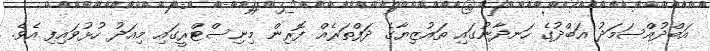
އަބްދުއްސަމަދު އަބްދުގެ ހަނދާނުގައި ތައުޒިޔާގެ ދަފްތަރެއް ފޮރިން މިނިސްޓްރީގައި މިއަދު ހުޅުވައިފި އެވެ.